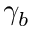
\gamma _ { b }